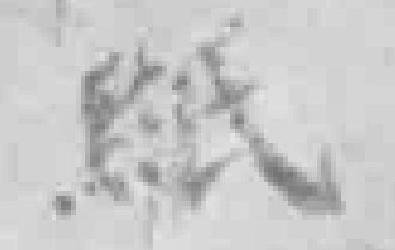
紙